Report of the Imperial Institute of Veterinary Research, Muktesar
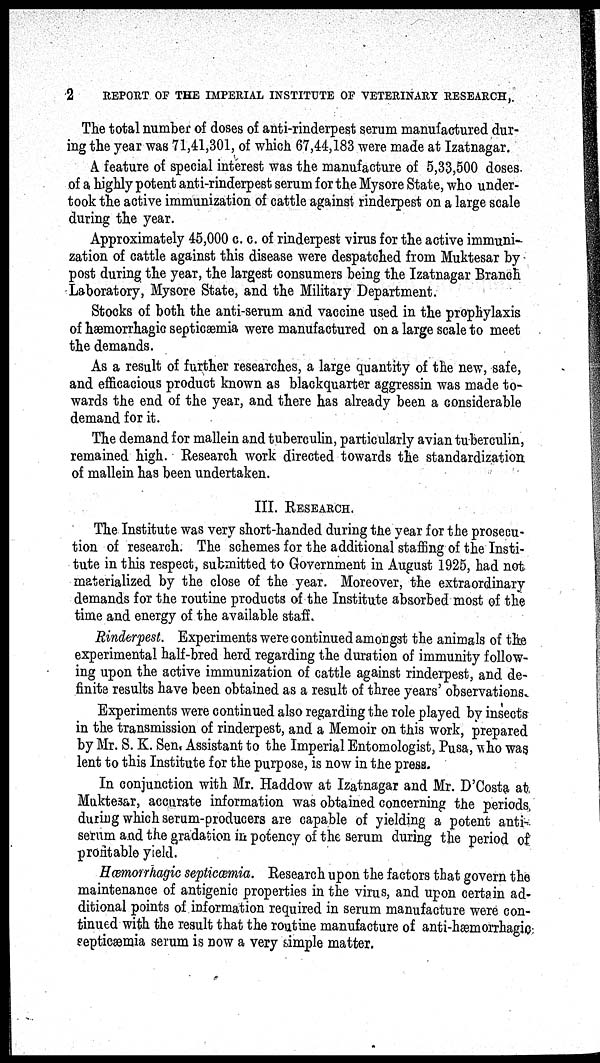
2
REPORT OF THE IMPERIAL INSTITUTE OF VETERINARY RESEARCH,.
The total number of doses of anti-rinderpest serum manufactured dur-
ing the year was 71,41,301, of which 67,44,183 were made at Izatnagar.
A feature of special interest was the manufacture of 5,33,500 doses.
of a highly potent anti-rinderpest serum for the Mysore State, who under-
took the active immunization of cattle against rinderpest on a large scale
during the year.
Approximately 45,000 c. c. of rinderpest virus for the active immuni-
zation of cattle against this disease were despatched from Muktesar by
post during the year, the largest consumers being the Izatnagar Branch
Laboratory, Mysore State, and the Military Department.
Stocks of both the anti-serum and vaccine used in the prophylaxis
of hæmorrhagic septicæmia were manufactured on a large scale to meet
the demands.
As a result of further researches, a large quantity of the new, safe,
and efficacious product known as blackquarter aggressin was made to-
wards the end of the year, and there has already been a considerable
demand for it.
The demand for mallein and tuberculin, particularly avian tuberculin,
remained high. Research work directed towards the standardization
of mallein has been undertaken.
III. RESEARCH.
The Institute was very short-handed during the year for the prosecu-
tion of research. The schemes for the additional staffing of the Insti-
tute in this respect, submitted to Government in August 1925, had not
materialized by the close of the year. Moreover, the extraordinary
demands for the routine products of the Institute absorbed most of the
time and energy of the available staff.
Rinderpest. Experiments were continued amongst the animals of the
experimental half-bred herd regarding the duration of immunity follow-
ing upon the active immunization of cattle against rinderpest, and de-
finite results have been obtained as a result of three years' observations.
Experiments were continued also regarding the role played by insects
in the transmission of rinderpest, and a Memoir on this work, prepared
by Mr. S. K. Sen. Assistant to the Imperial Entomologist, Pusa, who was
lent to this Institute for the purpose, is now in the press.
In conjunction with Mr. Haddow at Izatnagar and Mr. D'Costa at
Muktesar, accurate information was obtained concerning the periods
during which serum-producers are capable of yielding a potent anti-
serum and the gradation in potency of the serum during the period of
profitable yield.
Hæmorrhagic septicæmia. Research upon the factors that govern the
maintenance of antigenic properties in the virus, and upon certain ad-
ditional points of information required in serum manufacture were con-
tinued with the result that the routine manufacture of anti-hæmorrhagic
septicæmia serum is now a very simple matter.